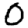
Digit: 0